NAE_EAOK_eestikeelsed_sunnimeetrikad, lk 5
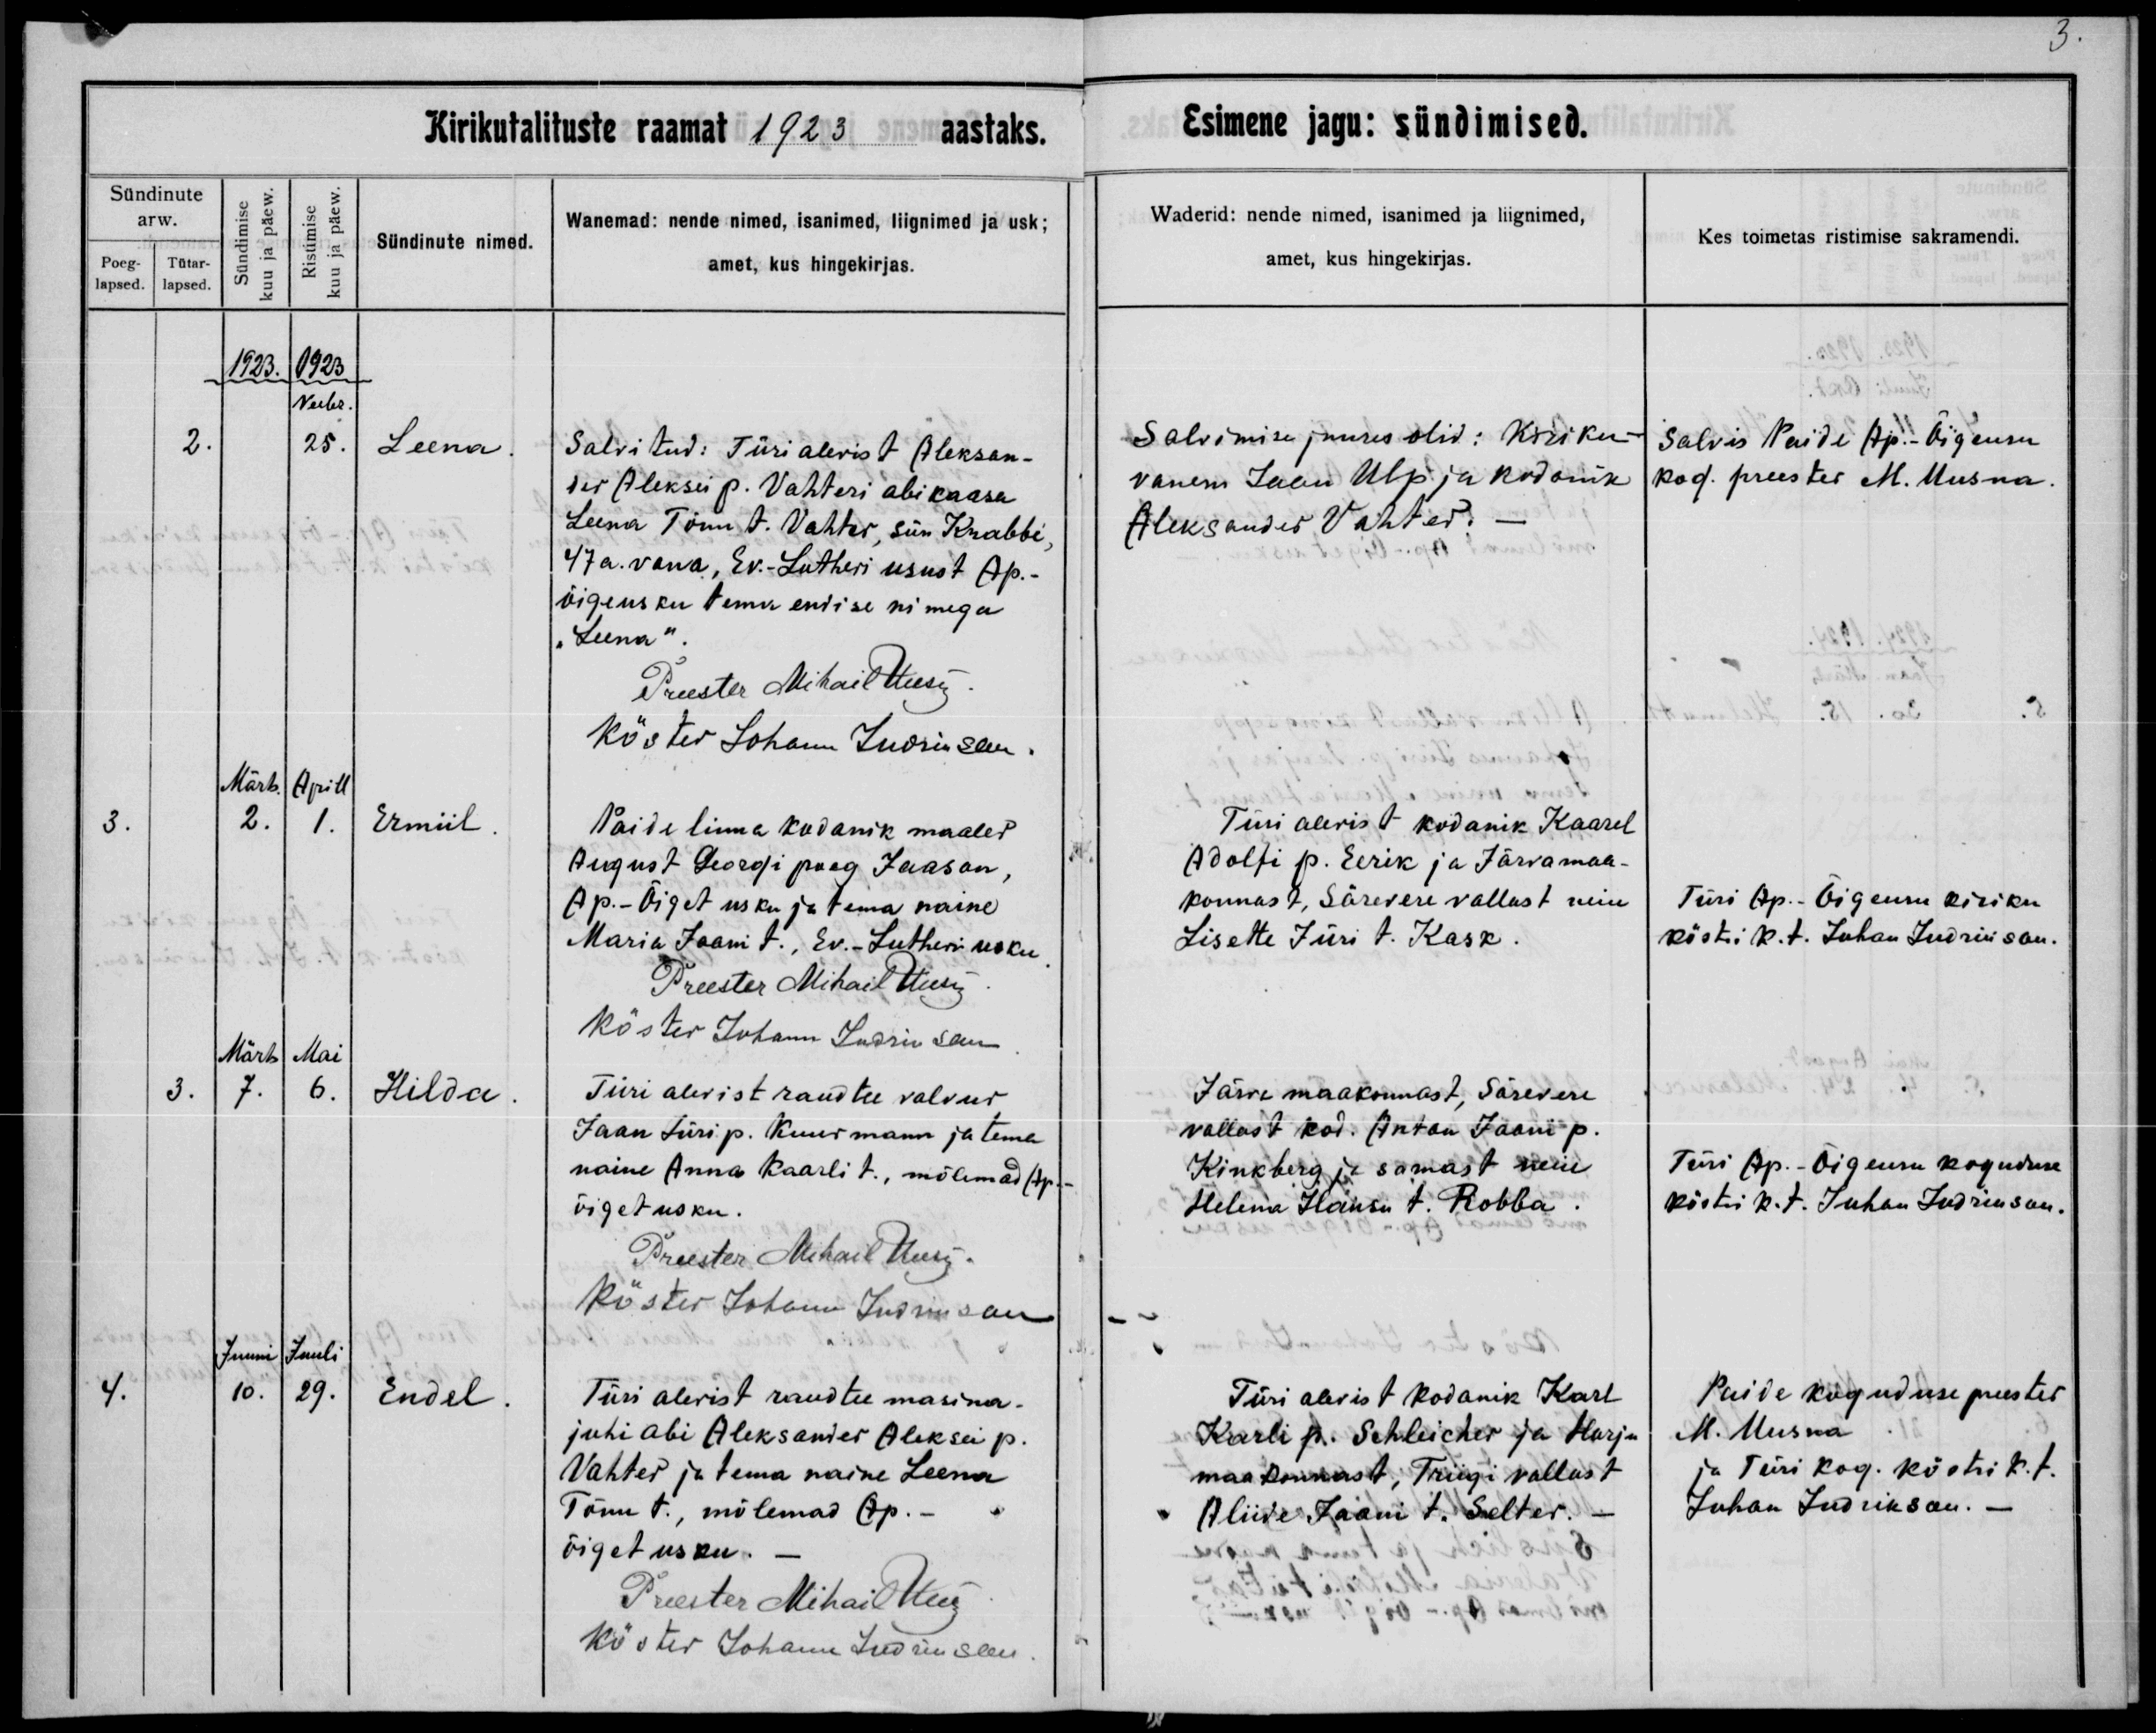
Leena

Ermiil

Hilda

Endel

Salvitud: Türi alevist Aleksan-
der Aleksei p. Vahteri abikaasa
Leena Tõnu t. Vahter, sün Krabbi,
47a. vana, Ev-Lutheri usust Ap.-
õigeusku tema endise nimega
,,Leena".

Paide linna kodanik maaler
August Georgi poeg Jaason,
Ap.-Õiget usku ja tema naine
Maria Jaani t., Ev.-Lutheri usku.

Türi alevist raudtee valvur
Jaan Jüri p. Kuurmann ja tema
naine Anna Kaarli t., mõlemad Ap.-
õiget usku.

Türi alevist raudtee masina-
juhi abi Aleksandet Aleksei p.
Vahter ja tema naine Leena
Tõnu t., mõlemad Ap.-
õiget usku.